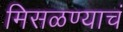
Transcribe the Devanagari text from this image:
मिसळण्याचं